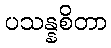
ပသန္နစိတာ